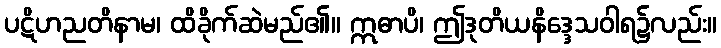
ပဋိဟညတိနာမ၊ ထိခိုက်ဆဲမည်၏။ ဣဓာပိ၊ ဤဒုတိယနိဒ္ဒေသဝါရ၌လည်း။